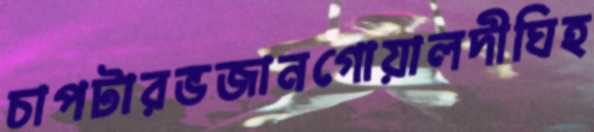
চাপটারভজানগোয়ালদীঘিহ